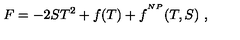
{ F } = - 2 S T ^ { 2 } + f ( T ) + f ^ { ^ { N P } } ( T , S ) \ ,